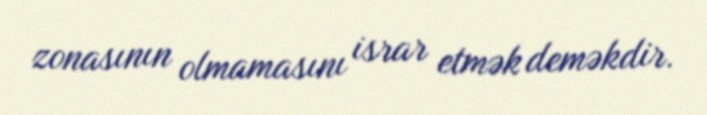
zonasının olmamasını israr etmək deməkdir.